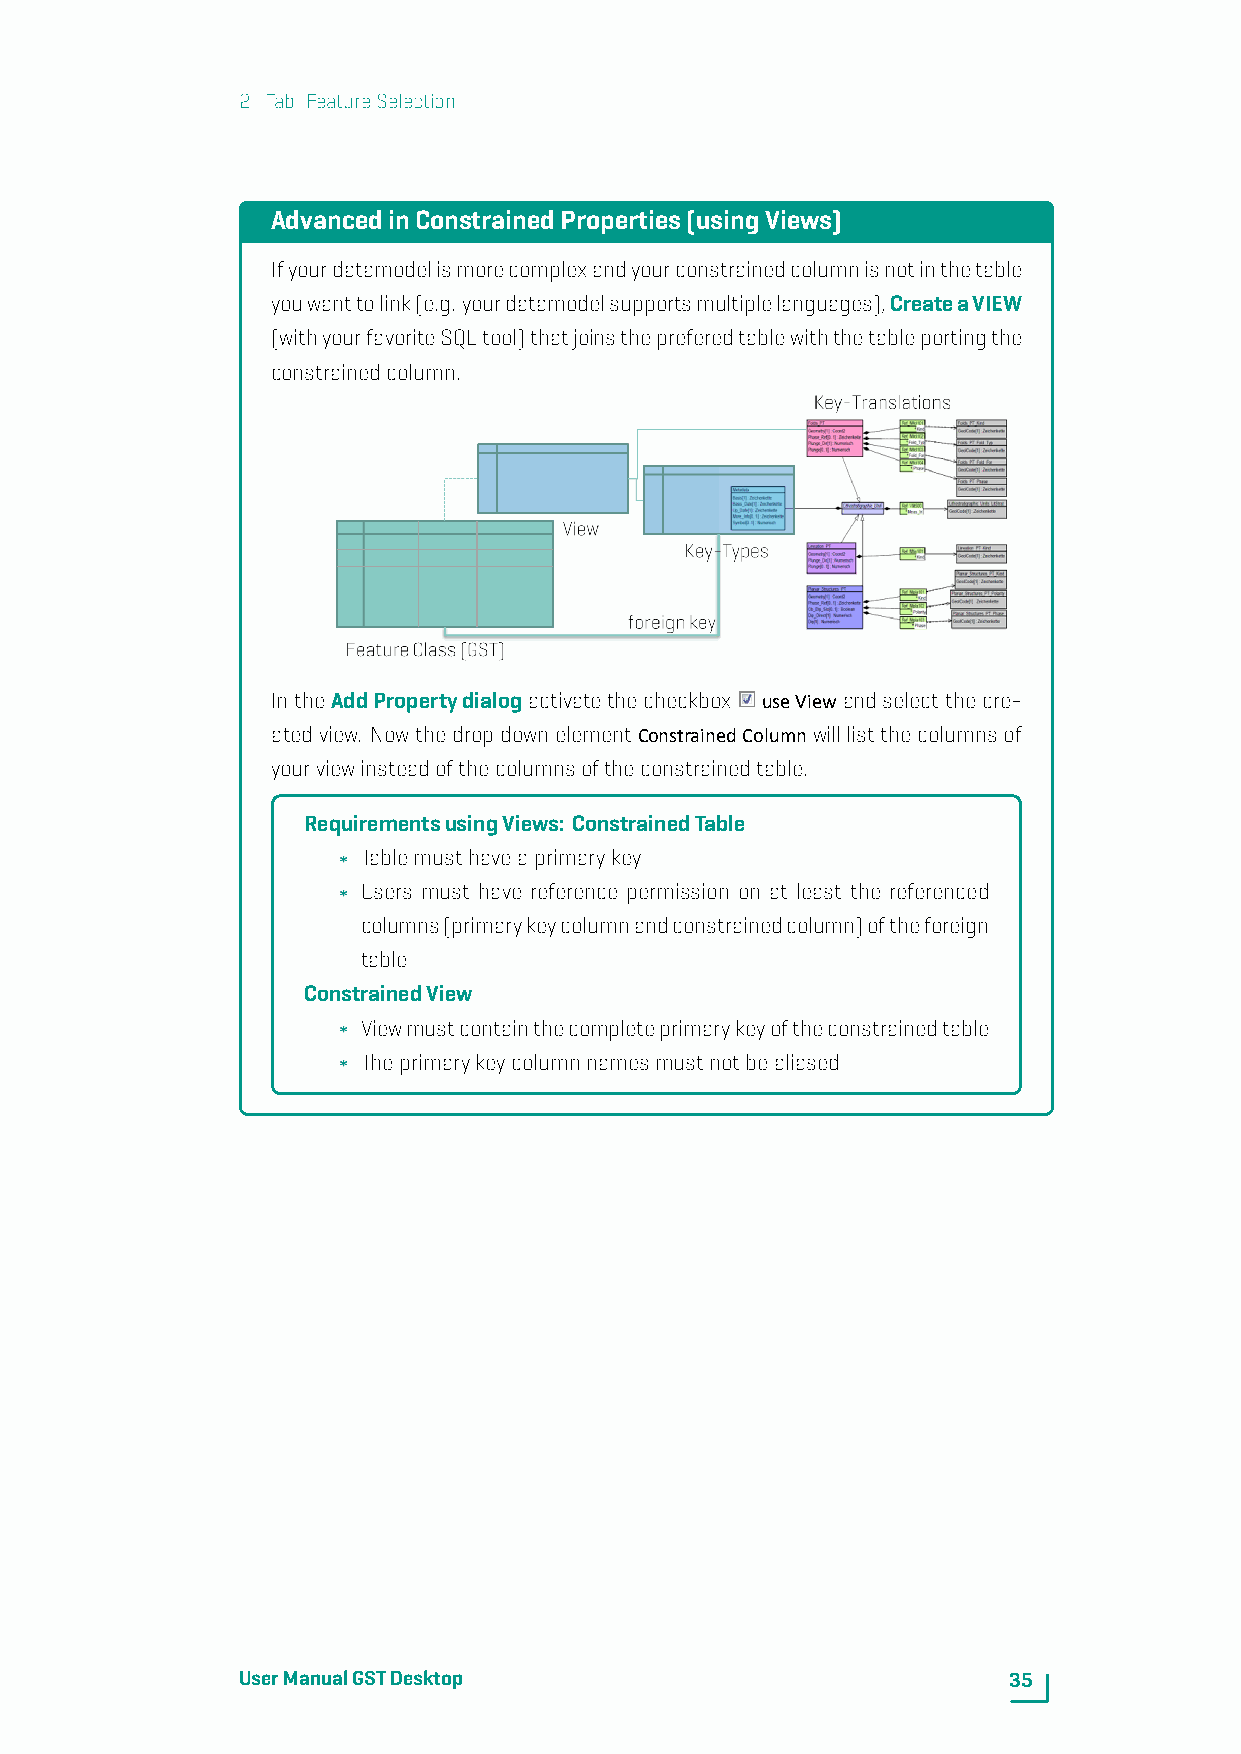
2. Tab: FeatureSelection
 AdvancedinConstrainedProperties(usingViews)
 Ifyourdatamodelismorecomplexandyourconstrainedcolumnisnotinthetable
 youwanttolink(e.g. yourdatamodelsupportsmultiplelanguages),CreateaVIEW
 (withyourfavoriteSQLtool)thatjoinsthepreferedtablewiththetableportingthe
 constrainedcolumn.
 IntheAddPropertydialogactivatethecheckbox useViewandselectthecre-
 atedview. NowthedropdownelementConstrainedColumnwilllistthecolumnsof
 yourviewinsteadofthecolumnsoftheconstrainedtable.
 RequirementsusingViews: ConstrainedTable
 Tablemusthaveaprimarykey
 Users must have reference permission on at least the referenced
 columns(primarykeycolumnandconstrainedcolumn)oftheforeign
 table
 ConstrainedView
 Viewmustcontainthecompleteprimarykeyoftheconstrainedtable
 Theprimarykeycolumnnamesmustnotbealiased
 UserManualGSTDesktop                               35